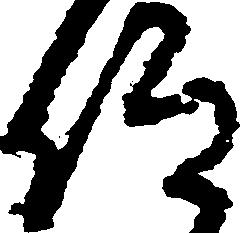
仰